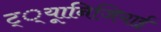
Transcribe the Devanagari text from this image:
ट््यूानिजियाई